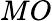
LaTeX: MO